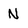
Character: N